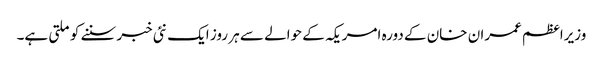
وزیراعظم عمران خان کے دورہ امریکہ کے حوالے سے ہر روز ایک نئی خبر سننے کو ملتی ہے۔